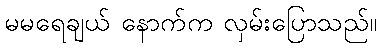
မမရေချယ် နောက်က လှမ်းပြောသည်။